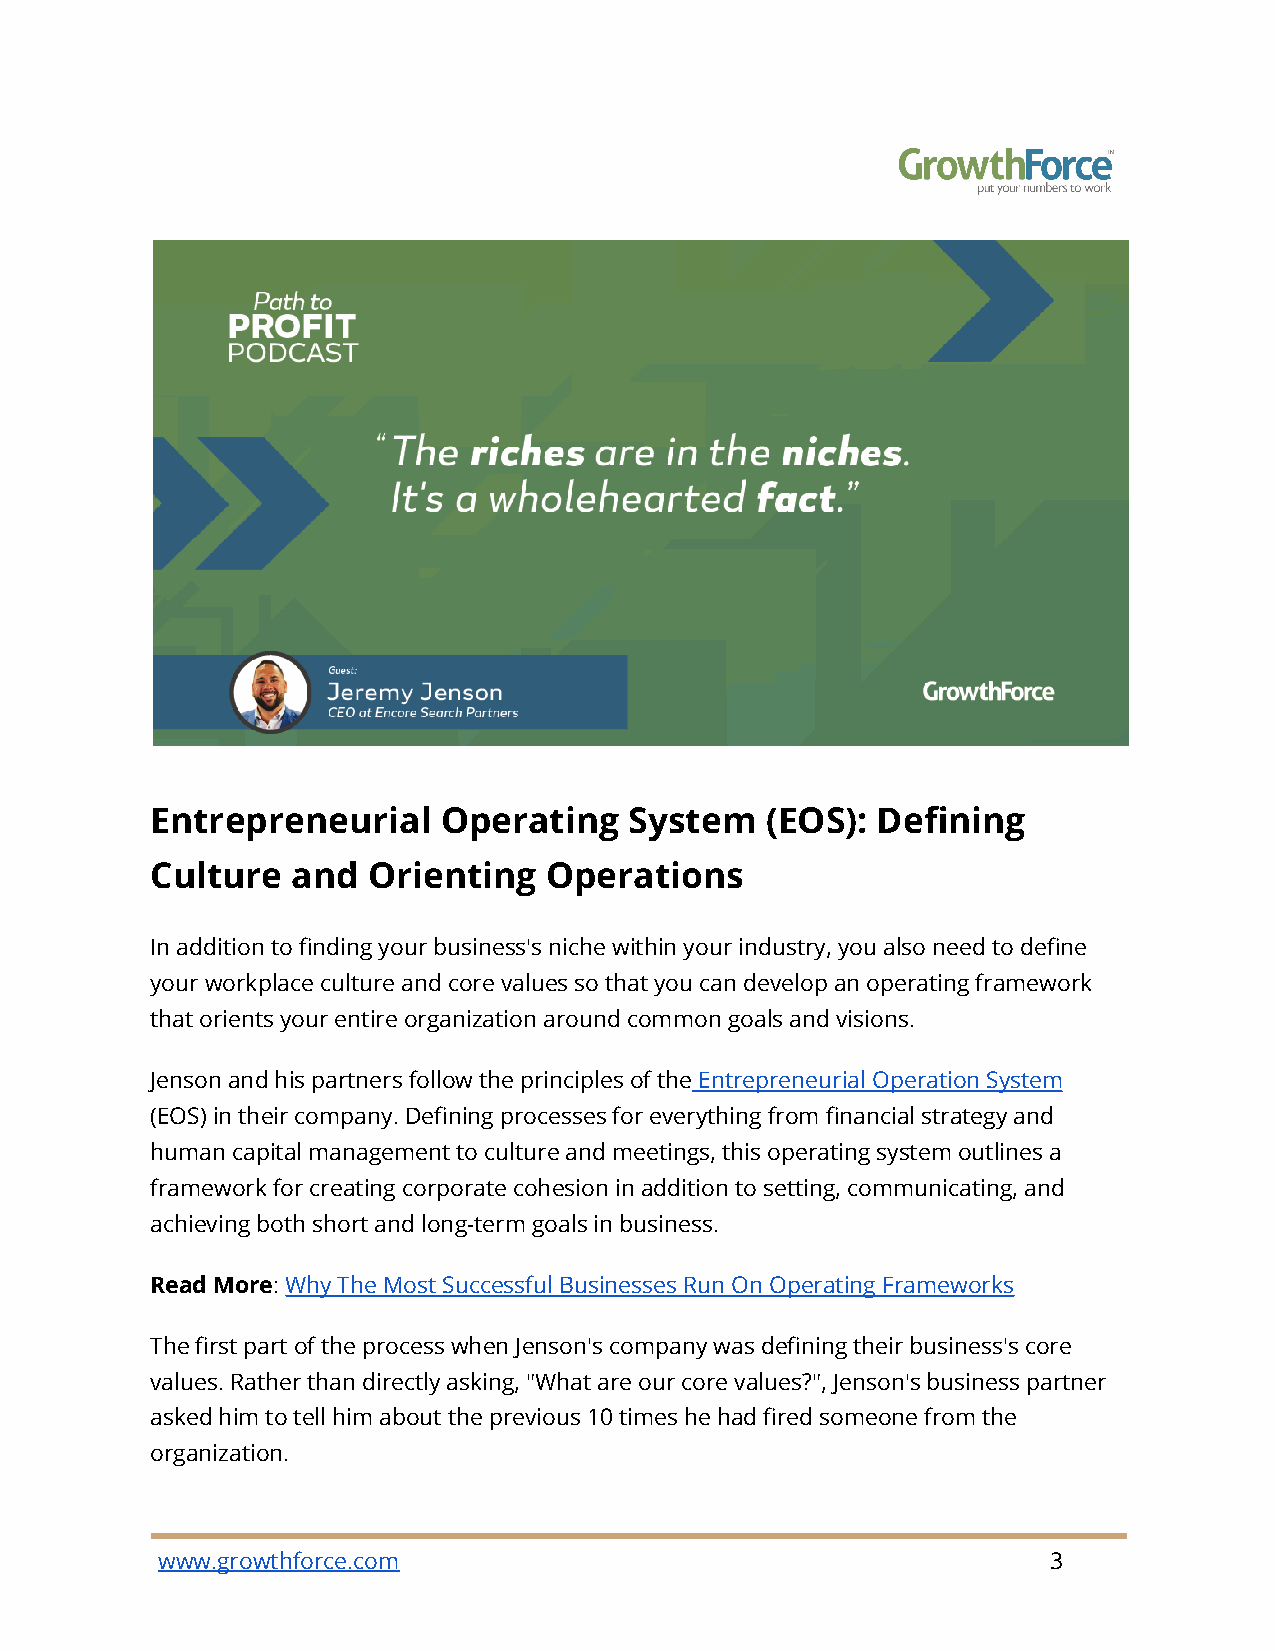
Entrepreneurial    Operating    System   (EOS): Defining
 Culture  and  Orienting   Operations
 In addition to finding your business's niche within your industry, you also need to define
 your workplace culture and core values so that you can develop an operating framework
 that orients your entire organization around common goals and visions.
 Jenson and his partners follow the principles of theEntrepreneurial Operation System
 (EOS) in their company. Defining processes for everything from financial strategy and
 human capital management to culture and meetings, this operating system outlines a
 framework for creating corporate cohesion in addition to setting, communicating, and
 achieving both short and long-term goals in business.
 Read More:Why The Most Successful Businesses RunOn Operating Frameworks
 The first part of the process when Jenson's company was defining their business's core
 values. Rather than directly asking, "What are our core values?", Jenson's business partner
 asked him to tell him about the previous 10 times he had fired someone from the
 organization.
 www.growthforce.com                                         3